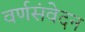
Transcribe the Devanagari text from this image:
वर्णसंवेदन